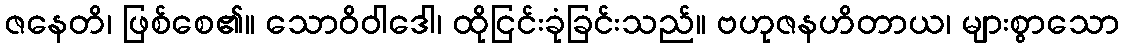
ဇနေတိ၊ ဖြစ်စေ၏။ သောဝိဝါဒေါ၊ ထိုငြင်းခုံခြင်းသည်။ ဗဟုဇနဟိတာယ၊ များစွာသော